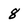
Character: 8